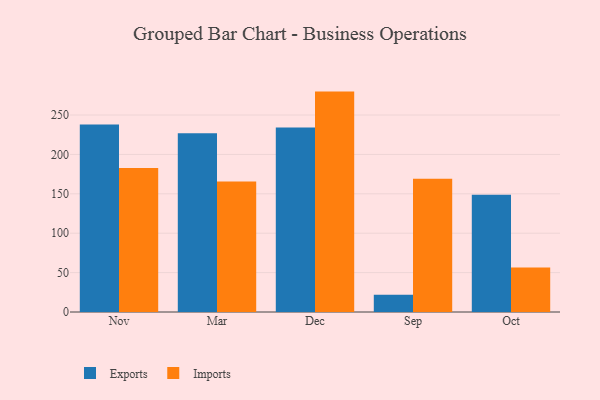
{"axis": {"x": "Month", "y": "Churn Rate (%)"}, "legend": ["Exports", "Imports"], "data": [{"x": "Nov", "y": 237.9, "type": "Exports"}, {"x": "Nov", "y": 182.8, "type": "Imports"}, {"x": "Mar", "y": 227.0, "type": "Exports"}, {"x": "Mar", "y": 165.6, "type": "Imports"}, {"x": "Dec", "y": 234.2, "type": "Exports"}, {"x": "Dec", "y": 279.7, "type": "Imports"}, {"x": "Sep", "y": 21.9, "type": "Exports"}, {"x": "Sep", "y": 169.0, "type": "Imports"}, {"x": "Oct", "y": 148.7, "type": "Exports"}, {"x": "Oct", "y": 56.4, "type": "Imports"}]}